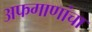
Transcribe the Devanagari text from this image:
अफगाणांचा